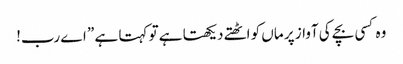
وہ کسی بچے کی آواز پر ماں کو اٹھتے دیکھتا ہے تو کہتا ہے ” اے رب!